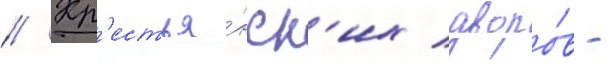
// Кр'естья́нск'их дворо́в -